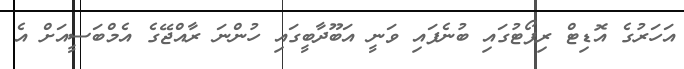
އަހަރުގެ އޮޑިޓް ރިޕޯޓުގައި ބުނެފައި ވަނީ އަބޫދާބީގައި ހުންނަ ރާއްޖޭގެ އެމްބަސީއަށް އެ